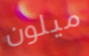
ميلون